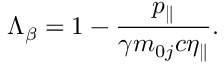
\Lambda _ { \beta } = 1 - \frac { p _ { \parallel } } { \gamma m _ { 0 j } c \eta _ { \parallel } } .